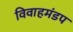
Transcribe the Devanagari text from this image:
विवाहमंडप